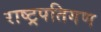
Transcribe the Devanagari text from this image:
राष्ट्रपतिगण